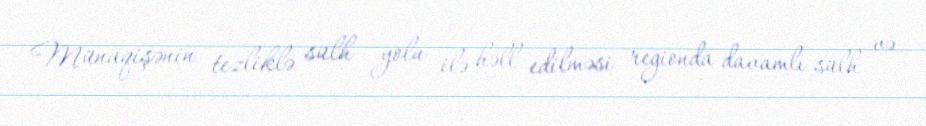
Münaqişənin tezliklə sülh yolu ilə həll edilməsi regionda davamlı sülh və